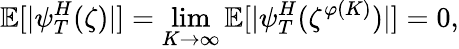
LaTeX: \mathbb{E}[|\psi_{T}^{H}(\zeta)|]=\operatorname*{lim}_{K\to\infty}\mathbb{E}[|\psi_{T}^{H}(\zeta^{\varphi(K)})|]=0,